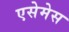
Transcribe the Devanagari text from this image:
एसेमेस